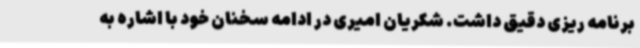
برنامه ریزی دقیق داشت. شکریان امیری در ادامه سخنان خود با اشاره به